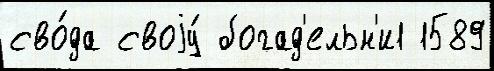
сво́да своjу́ богад'ельн'и1 1589